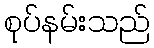
စုပ်နမ်းသည်